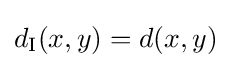
d_{\text{I}}(x,y)=d(x,y)